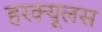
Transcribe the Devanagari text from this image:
हरक्‍यूलस